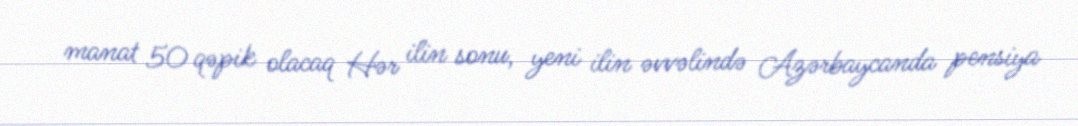
manat 50 qəpik olacaq Hər ilin sonu, yeni ilin əvvəlində Azərbaycanda pensiya